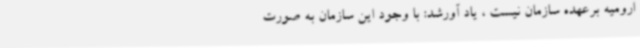
ارومیه برعهده سازمان نیست ، یاد آورشد: با وجود این سازمان به صورت